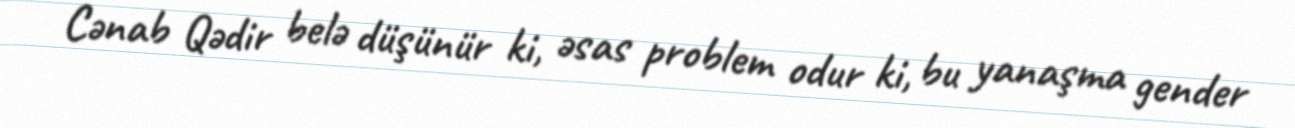
Cənab Qədir belə düşünür ki, əsas problem odur ki, bu yanaşma gender